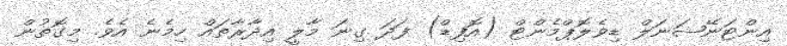
އިންޓަނޭޝަނަލް ޑިވެލޮޕްމެންޓް (އޮފިޑް) ފަދަ ގިނަ މާލީ އިދާރާތައް ހިމެނެ އެވެ. މިގޮތުން